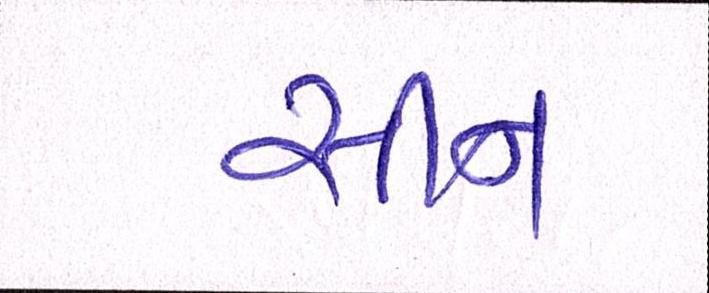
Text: સીન